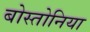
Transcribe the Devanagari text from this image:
बोस्तोनिया